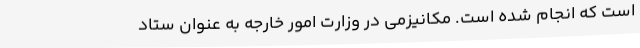
است که انجام شده است. مکانیزمی در وزارت امور خارجه به عنوان ستاد